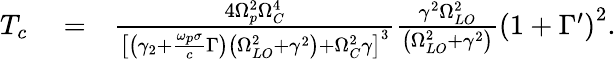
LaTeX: \begin{array}{rlr}{T_{c}}&{{}=}&{\frac{4\Omega_{p}^{2}\Omega_{C}^{4}}{\left[\left(\gamma_{2}+\frac{\omega_{p}\sigma}{c}\Gamma\right)\left(\Omega_{LO}^{2}+\gamma^{2}\right)+\Omega_{C}^{2}\gamma\right]^{3}}\frac{\gamma^{2}\Omega_{LO}^{2}}{\left(\Omega_{LO}^{2}+\gamma^{2}\right)}\left(1+\Gamma^{\prime}\right)^{2}.}\end{array}